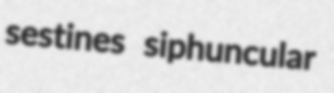
sestines siphuncular